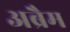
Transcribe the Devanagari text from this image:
अब्रैम